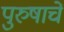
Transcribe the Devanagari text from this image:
पुरुषाचें